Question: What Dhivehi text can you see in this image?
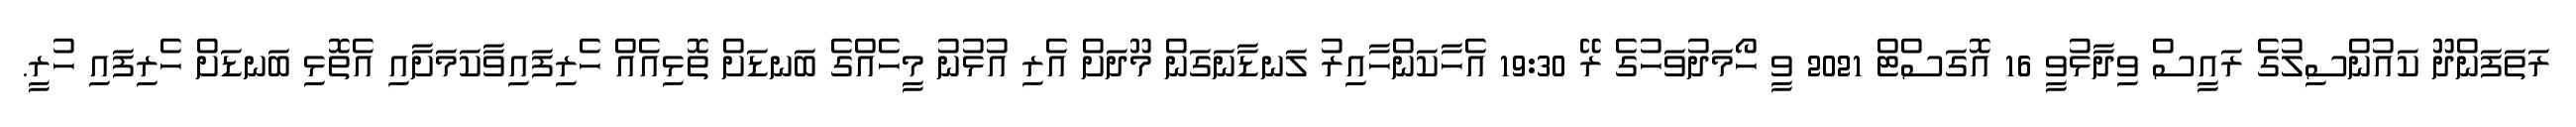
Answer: ރަތަފަންދޫ ކައުންސިލުގެ ރައީސް ވިދާޅުވީ 16 އޮގަސްޓް 2021 ވީ ހޯމަދުވަހުގެ ރޭ 19:30 އެހާކަންހާއިރު ލަނޑާނަގަން މޫދަށް އެރި އުޅުނު މީހެއްގެ ބަނޑަށް ތޮޅިއެއް ހެރިފައިވާކަމަށާއި އެތޮޅި ބަނޑަށް ހެރިފައި ހުރީ.